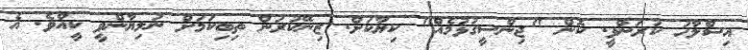
އިސްލާހު ކުރަންވީ. ކޮން "ޖިންސީގުޅުމެއް" ކިޔާކަށް. ޒިނޭކުރަން ތިބިކަމަށް ނުލިޔާންވީ ކީއްވެ. އެ